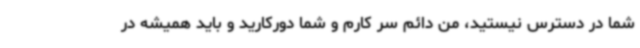
شما در دسترس نیستید، من دائم سر کارم و شما دورکارید و باید همیشه در